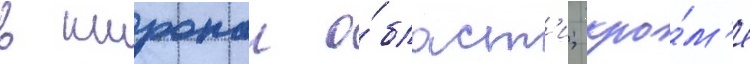
в широкои о́бласт'и; кро́м'е